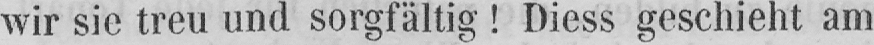
wir sie treu und sorgfältig! Diess geschieht am